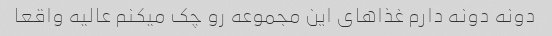
دونه دونه دارم غذاهای این مجموعه رو چک میکنم عالیه واقعا